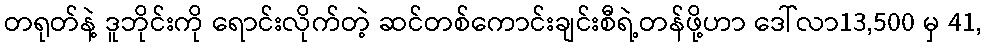
တရုတ်နဲ့ ဒူဘိုင်းကို ရောင်းလိုက်တဲ့ ဆင်တစ်ကောင်းချင်းစီရဲ့တန်ဖို့ဟာ ဒေါ်လာ13,500 မှ 41,